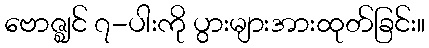
ဗောဇ္ဈင် ၇-ပါးကို ပွားများအားထုတ်ခြင်း။